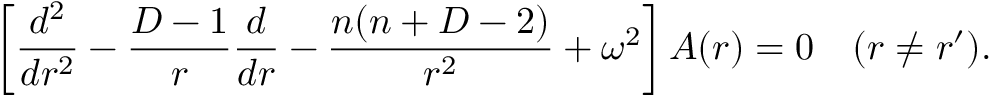
\left[ { \frac { d ^ { 2 } } { d r ^ { 2 } } } - { \frac { D - 1 } { r } } { \frac { d } { d r } } - { \frac { n ( n + D - 2 ) } { r ^ { 2 } } } + \omega ^ { 2 } \right] A ( r ) = 0 \quad ( r \neq r ^ { \prime } ) .